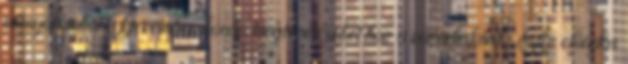
vizsgálatokat December hónap meglepetéseket hoz a váradiaknak „Az előadás